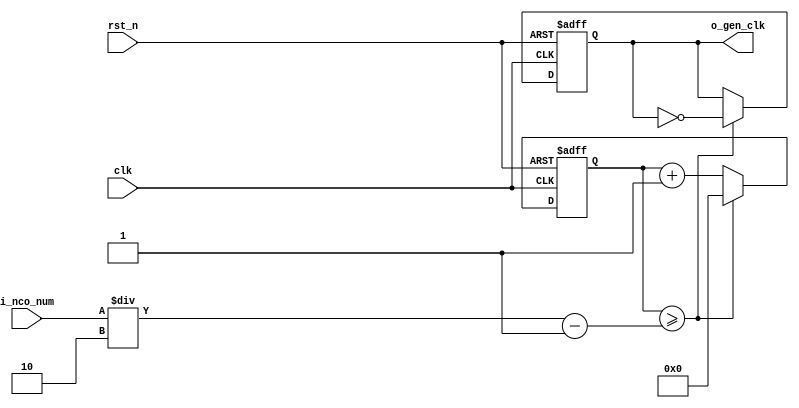
//	==================================================
//	Copyright (c) 2019 Sookmyung Women's University.
//	--------------------------------------------------
//	DEPARTMENT		: EE
//	--------------------------------------------------
//	RELEASE HISTORY
//	--------------------------------------------------
//	VERSION			DATE
//	0.0			2019-11-18
//	--------------------------------------------------
//	PURPOSE			: Digital Clock
//	==================================================

//	--------------------------------------------------
//	Numerical Controlled Oscillator
//	Hz of o_gen_clk = Clock Hz / num
//	--------------------------------------------------
module	nco(	
		o_gen_clk,
		i_nco_num,
		clk,
		rst_n);

output		o_gen_clk	;	// 1Hz CLK

input	[31:0]	i_nco_num	;
input		clk		;	// 50Mhz CLK
input		rst_n		;

reg	[31:0]	cnt		;
reg		o_gen_clk	;

always @(posedge clk or negedge rst_n) begin
	if(rst_n == 1'b0) begin
		cnt		<= 32'd0;
		o_gen_clk	<= 1'd0	;
	end else begin
		if(cnt >= i_nco_num/2-1) begin
			cnt 	<= 32'd0;
			o_gen_clk	<= ~o_gen_clk;
		end else begin
			cnt <= cnt + 1'b1;
		end
	end
end

endmodule

//	--------------------------------------------------
//	Flexible Numerical Display Decoder
//	--------------------------------------------------
module	fnd_dec(
		o_seg,
		i_num);

output	[6:0]	o_seg		;	// {o_seg_a, o_seg_b, ... , o_seg_g}

input	[3:0]	i_num		;
reg	[6:0]	o_seg		;
//making
always @(i_num) begin 
 	case(i_num) 
 		4'd0:	o_seg = 7'b111_1110; 
 		4'd1:	o_seg = 7'b011_0000; 
 		4'd2:	o_seg = 7'b110_1101; 
 		4'd3:	o_seg = 7'b111_1001; 
 		4'd4:	o_seg = 7'b011_0011; 
 		4'd5:	o_seg = 7'b101_1011; 
 		4'd6:	o_seg = 7'b101_1111; 
 		4'd7:	o_seg = 7'b111_0000; 
 		4'd8:	o_seg = 7'b111_1111; 
 		4'd9:	o_seg = 7'b111_0011; 
		default:o_seg = 7'b000_0000; 
	endcase 
end


endmodule

//	--------------------------------------------------
//	0~59 --> 2 Separated Segments
//	--------------------------------------------------
module	double_fig_sep(
		o_left,
		o_right,
		i_double_fig);

output	[3:0]	o_left		;
output	[3:0]	o_right		;

input	[5:0]	i_double_fig	;

assign		o_left	= i_double_fig / 10	;
assign		o_right	= i_double_fig % 10	;

endmodule

//	--------------------------------------------------
//	0~59 --> 2 Separated Segments
//	--------------------------------------------------
module	led_disp(
		o_seg,
		o_seg_dp,
		o_seg_enb,
		i_six_digit_seg,
		i_six_dp,
		clk,
		rst_n);

output	[5:0]	o_seg_enb		;
output		o_seg_dp		;
output	[6:0]	o_seg			;

input	[41:0]	i_six_digit_seg		;
input	[5:0]	i_six_dp		;
input		clk			;
input		rst_n			;

wire		gen_clk		;

nco		u_nco(
		.o_gen_clk	( gen_clk	),
		.i_nco_num	( 32'd5000	),
		.clk		( clk		),
		.rst_n		( rst_n		));


reg	[3:0]	cnt_common_node	;

always @(posedge gen_clk or negedge rst_n) begin
	if(rst_n == 1'b0) begin
		cnt_common_node <= 4'd0;
	end else begin
		if(cnt_common_node >= 4'd5) begin
			cnt_common_node <= 4'd0;
		end else begin
			cnt_common_node <= cnt_common_node + 1'b1;
		end
	end
end

reg	[5:0]	o_seg_enb		;

always @(cnt_common_node) begin
	case (cnt_common_node)
		4'd0:	o_seg_enb = 6'b111110;
		4'd1:	o_seg_enb = 6'b111101;
		4'd2:	o_seg_enb = 6'b111011;
		4'd3:	o_seg_enb = 6'b110111;
		4'd4:	o_seg_enb = 6'b101111;
		4'd5:	o_seg_enb = 6'b011111;
		default:o_seg_enb = 6'b111111;
	endcase
end

reg		o_seg_dp		;

always @(cnt_common_node) begin
	case (cnt_common_node)
		4'd0:	o_seg_dp = i_six_dp[0];
		4'd1:	o_seg_dp = i_six_dp[1];
		4'd2:	o_seg_dp = i_six_dp[2];
		4'd3:	o_seg_dp = i_six_dp[3];
		4'd4:	o_seg_dp = i_six_dp[4];
		4'd5:	o_seg_dp = i_six_dp[5];
		default:o_seg_dp = 1'b0;
	endcase
end

reg	[6:0]	o_seg			;

always @(cnt_common_node) begin
	case (cnt_common_node)
		4'd0:	o_seg = i_six_digit_seg[6:0];
		4'd1:	o_seg = i_six_digit_seg[13:7];
		4'd2:	o_seg = i_six_digit_seg[20:14];
		4'd3:	o_seg = i_six_digit_seg[27:21];
		4'd4:	o_seg = i_six_digit_seg[34:28];
		4'd5:	o_seg = i_six_digit_seg[41:35];
		default:o_seg = 7'b111_1110; // 0 display
	endcase
end

endmodule

//	--------------------------------------------------
//	HMS(Hour:Min:Sec) Counter
//	--------------------------------------------------
module	hms_cnt(
		o_hms_cnt,
		o_max_hit,
		i_max_cnt,
		clk,
		rst_n);

output	[5:0]	o_hms_cnt		;
output		o_max_hit		;

input	[5:0]	i_max_cnt		;
input		clk			;
input		rst_n			;

reg	[5:0]	o_hms_cnt		;
reg		o_max_hit		;
always @(posedge clk or negedge rst_n) begin
	if(rst_n == 1'b0) begin
		o_hms_cnt <= 6'd0;
		o_max_hit <= 1'b0;
	end else begin
		if(o_hms_cnt >= i_max_cnt) begin
			o_hms_cnt <= 6'd0;
			o_max_hit <= 1'b1;
		end else begin
			o_hms_cnt <= o_hms_cnt + 1'b1;
			o_max_hit <= 1'b0;
		end
	end
end

endmodule

module  debounce(
		o_sw,
		i_sw,
		clk);
output		o_sw			;

input		i_sw			;
input		clk			;

reg		dly1_sw			;
always @(posedge clk) begin
	dly1_sw <= i_sw;
end

reg		dly2_sw			;
always @(posedge clk) begin
	dly2_sw <= dly1_sw;
end

assign		o_sw = dly1_sw | ~dly2_sw;

endmodule

//	--------------------------------------------------
//	Clock Controller
//	--------------------------------------------------
module	controller(
		o_mode,
		o_position,
		o_alarm_en,
		o_sec_clk,
		o_min_clk,
		o_alarm_sec_clk,
		o_alarm_min_clk,
		i_max_hit_sec,
		i_max_hit_min,
		i_sw0,
		i_sw1,
		i_sw2,
		i_sw3,
		clk,
		rst_n);

output	[1:0]	o_mode			;
output		o_position		;
output		o_alarm_en		;
output		o_sec_clk		;
output		o_min_clk		;
output		o_alarm_sec_clk		;
output		o_alarm_min_clk		;

input		i_max_hit_sec		;
input		i_max_hit_min		;

input		i_sw0			;
input		i_sw1			;
input		i_sw2			;
input		i_sw3			;

input		clk			;
input		rst_n			;

parameter	MODE_CLOCK	= 2'b00	;
parameter	MODE_SETUP	= 2'b01	;
parameter	MODE_ALARM	= 2'b10	;
parameter	POS_SEC		= 1'b0	;
parameter	POS_MIN		= 1'b1	;

wire		clk_100hz		;
nco		u0_nco(
		.o_gen_clk	( clk_100hz	),
		.i_nco_num	( 32'd500000	),
		.clk		( clk		),
		.rst_n		( rst_n		));

wire		sw0			;
debounce	u0_debounce(
		.o_sw		( sw0		),
		.i_sw		( i_sw0		),
		.clk		( clk_100hz	));

wire		sw1			;
debounce	u1_debounce(
		.o_sw		( sw1		),
		.i_sw		( i_sw1		),
		.clk		( clk_100hz	));

wire		sw2			;
debounce	u2_debounce(
		.o_sw		( sw2		),
		.i_sw		( i_sw2		),
		.clk		( clk_100hz	));

wire		sw3			;
debounce	u3_debounce(
		.o_sw		( sw3		),
		.i_sw		( i_sw3		),
		.clk		( clk_100hz	));

reg	[1:0]	o_mode			;
always @(posedge sw0 or negedge rst_n) begin
	if(rst_n == 1'b0) begin
		o_mode <= MODE_CLOCK;
	end else begin
		if(o_mode >= MODE_ALARM) begin
			o_mode <= MODE_CLOCK;
		end else begin
			o_mode <= o_mode + 1'b1;
		end
	end
end

reg		o_position		;
always @(posedge sw1 or negedge rst_n) begin
	if(rst_n == 1'b0) begin
		o_position <= POS_SEC;
	end else begin
		o_position <= o_position + 1'b1;
	end
end

reg		o_alarm_en		;
always @(posedge sw3 or negedge rst_n) begin
	if(rst_n == 1'b0) begin
		o_alarm_en <= 1'b0;
	end else begin
		o_alarm_en <= o_alarm_en + 1'b1;
	end
end

wire		clk_1hz			;
nco		u1_nco(
		.o_gen_clk	( clk_1hz	),
		.i_nco_num	( 32'd50000000	),
		.clk		( clk		),
		.rst_n		( rst_n		));

reg		o_sec_clk		;
reg		o_min_clk		;
reg		o_alarm_sec_clk		;
reg		o_alarm_min_clk		;
always @(*) begin
	case(o_mode)
		MODE_CLOCK : begin
			o_sec_clk = clk_1hz;
			o_min_clk = i_max_hit_sec;
			o_alarm_sec_clk = 1'b0;
			o_alarm_min_clk = 1'b0;
		end
		MODE_SETUP : begin
			case(o_position)
				POS_SEC : begin
					o_sec_clk = ~sw2;
					o_min_clk = 1'b0;
					o_alarm_sec_clk = 1'b0;
					o_alarm_min_clk = 1'b0;
				end
				POS_MIN : begin
					o_sec_clk = 1'b0;
					o_min_clk = ~sw2;
					o_alarm_sec_clk = 1'b0;
					o_alarm_min_clk = 1'b0;
				end
			endcase
		end
		MODE_ALARM : begin
			case(o_position)
				POS_SEC : begin
					o_sec_clk = clk_1hz;
					o_min_clk = i_max_hit_sec;
					o_alarm_sec_clk = ~sw2;
					o_alarm_min_clk = 1'b0;
				end
				POS_MIN : begin
					o_sec_clk = clk_1hz;
					o_min_clk = i_max_hit_sec;
					o_alarm_sec_clk = 1'b0;
					o_alarm_min_clk = ~sw2;
				end
			endcase
		end
		default: begin
			o_sec_clk = 1'b0;
			o_min_clk = 1'b0;
			o_alarm_sec_clk = 1'b0;
			o_alarm_min_clk = 1'b0;
		end
	endcase
end

endmodule

//	--------------------------------------------------
//	HMS(Hour:Min:Sec) Counter
//	--------------------------------------------------
module	minsec(	
		o_sec,
		o_min,
		o_max_hit_sec,
		o_max_hit_min,
		o_alarm,
		i_mode,
		i_position,
		i_sec_clk,
		i_min_clk,
		i_alarm_sec_clk,
		i_alarm_min_clk,
		i_alarm_en,
		clk,
		rst_n);

output	[5:0]	o_sec		;
output	[5:0]	o_min		;
output		o_max_hit_sec	;
output		o_max_hit_min	;
output		o_alarm		;

input	[1:0]	i_mode		;
input		i_position	;
input		i_sec_clk	;
input		i_min_clk	;
input		i_alarm_sec_clk	;
input		i_alarm_min_clk	;
input		i_alarm_en	;

input		clk		;
input		rst_n		;

parameter	MODE_CLOCK	= 2'b00	;
parameter	MODE_SETUP	= 2'b01	;
parameter	MODE_ALARM	= 2'b10	;
parameter	POS_SEC		= 1'b0	;
parameter	POS_MIN		= 1'b1	;

//	MODE_CLOCK
wire	[5:0]	sec		;
wire		max_hit_sec	;
hms_cnt		u_hms_cnt_sec(
		.o_hms_cnt	( sec			),
		.o_max_hit	( o_max_hit_sec		),
		.i_max_cnt	( 6'd59			),
		.clk		( i_sec_clk		),
		.rst_n		( rst_n			));

wire	[5:0]	min		;
wire		max_hit_min	;
hms_cnt		u_hms_cnt_min(
		.o_hms_cnt	( min			),
		.o_max_hit	( o_max_hit_min		),
		.i_max_cnt	( 6'd59			),
		.clk		( i_min_clk		),
		.rst_n		( rst_n			));

wire	[5:0]	alarm_sec	;
//	MODE_ALARM
hms_cnt		u_hms_cnt_alarm_sec(
		.o_hms_cnt	( alarm_sec		),
		.o_max_hit	( 			),
		.i_max_cnt	( 6'd59			),
		.clk		( i_alarm_sec_clk	),
		.rst_n		( rst_n			));

wire	[5:0]	alarm_min	;
hms_cnt		u_hms_cnt_alarm_min(
		.o_hms_cnt	( alarm_min		),
		.o_max_hit	( 			),
		.i_max_cnt	( 6'd59			),
		.clk		( i_alarm_min_clk	),
		.rst_n		( rst_n			));

reg	[5:0]	o_sec		;
reg	[5:0]	o_min		;
always @ (*) begin
	case(i_mode)
		MODE_CLOCK: 	begin
			o_sec	= sec;
			o_min	= min;
		end
		MODE_SETUP:	begin
			o_sec	= sec;
			o_min	= min;
		end
		MODE_ALARM:	begin
			o_sec	= alarm_sec;
			o_min	= alarm_min;
		end
	endcase
end

reg		o_alarm		;
always @ (posedge clk or negedge rst_n) begin
	if (rst_n == 1'b0) begin
		o_alarm <= 1'b0;
	end else begin
		if( (sec == alarm_sec) && (min == alarm_min)) begin
			o_alarm <= 1'b1 & i_alarm_en;
		end else begin
			o_alarm <= o_alarm & i_alarm_en;
		end
	end
end

endmodule

module	buzz(
		o_buzz,
		i_buzz_en,
		clk,
		rst_n);

output		o_buzz		;

input		i_buzz_en	;
input		clk		;
input		rst_n		;

parameter	C = 191113	;
parameter	D = 170262	;
parameter	E = 151686	;
parameter	F = 143173	;
parameter	G = 63776	;
parameter	A = 56818	;
parameter	B = 50619	;

wire		clk_bit		;
nco	u_nco_bit(	
		.o_gen_clk	( clk_bit	),
		.i_nco_num	( 25000000	),
		.clk		( clk		),
		.rst_n		( rst_n		));

reg	[4:0]	cnt		;
always @ (posedge clk_bit or negedge rst_n) begin
	if(rst_n == 1'b0) begin
		cnt <= 5'd0;
	end else begin
		if(cnt >= 5'd24) begin
			cnt <= 5'd0;
		end else begin
			cnt <= cnt + 1'd1;
		end
	end
end

reg	[31:0]	nco_num		;
always @ (*) begin
	case(cnt)
		5'd00: nco_num = E	;
		5'd01: nco_num = D	;
		5'd02: nco_num = C	;
		5'd03: nco_num = D	;
		5'd04: nco_num = E	;
		5'd05: nco_num = E	;
		5'd06: nco_num = E	;
		5'd07: nco_num = D	;
		5'd08: nco_num = D	;
		5'd09: nco_num = D	;
		5'd10: nco_num = E	;
		5'd11: nco_num = E	;
		5'd12: nco_num = E	;
		5'd13: nco_num = E	;
		5'd14: nco_num = D	;
		5'd15: nco_num = C	;
		5'd16: nco_num = D	;
		5'd17: nco_num = E	;
		5'd18: nco_num = E	;
		5'd19: nco_num = E	;
		5'd20: nco_num = D	;
		5'd21: nco_num = D	;
		5'd22: nco_num = E	;
		5'd23: nco_num = D	;
		5'd24: nco_num = C	;
	endcase
end

wire		buzz		;
nco	u_nco_buzz(	
		.o_gen_clk	( buzz		),
		.i_nco_num	( nco_num	),
		.clk		( clk		),
		.rst_n		( rst_n		));

assign		o_buzz = buzz & i_buzz_en;

endmodule

module	top_alarm(
		o_seg_enb,
		o_seg_dp,
		o_seg,
		o_alarm,
		i_sw0,
		i_sw1,
		i_sw2,
		i_sw3,
		clk,
		rst_n);

output	[5:0]	o_seg_enb	;
output		o_seg_dp	;
output	[6:0]	o_seg		;
output		o_alarm		;

input		i_sw0		;
input		i_sw1		;
input		i_sw2		;
input		i_sw3		;
input		clk		;
input		rst_n		;

wire		controller_1	;
wire		controller_2	;
wire		controller_3	;
wire		controller_4	;

wire	[1:0]	mode		;
wire		position	;
wire		alarm_en	;
wire		alarm_min_clk	;
wire		alarm_sec_clk	;

controller		u_ctrl(
			.i_sw0			(i_sw0		),
			.i_sw1			(i_sw1		),
			.i_sw2			(i_sw2		),
			.i_sw3			(i_sw3		),
			.clk			(clk		),
			.i_max_hit_min		(controller_3	),
			.i_max_hit_sec		(controller_4	),
			.o_mode			(mode		),
			.o_position		(position	),
			.o_alarm_en		(alarm_en	),
			.o_alarm_min_clk	(alarm_min_clk	),
			.o_alarm_sec_clk	(alarm_sec_clk	),
			.o_min_clk		(controller_1	),
			.o_sec_clk		(controller_2	),
			.rst_n			(rst_n		));

wire	[5:0]	minsec_1	;
wire	[5:0]	minsec_2	;

wire		alarm		;

minsec			u_minsec(
			.clk			(clk		),
			.i_min_clk		(controller_1	),
			.i_sec_clk		(controller_2	),
			.i_mode			(mode		),
			.i_position		(position	),
			.i_alarm_en		(alarm_en	),
			.i_alarm_min_clk	(alarm_min_clk	),
			.i_alarm_sec_clk	(alarm_sec_clk	),
			.o_alarm		(alarm		),
			.o_min			(minsec_1	),
			.o_sec			(minsec_2	),
			.o_max_hit_min		(controller_3	),
			.o_max_hit_sec		(controller_4	),
			.rst_n			(rst_n		));

buzz			u_buzz(
			.clk			(clk		),
			.i_buzz_en		(alarm		),
			.o_buzz			(o_alarm	),
			.rst_n			(rst_n		));

wire	[3:0]	left_1	;
wire	[3:0]	right_1	;

double_fig_sep		u0_dfs(
			.i_double_fig	(minsec_2	),
			.o_left		(left_1		),
			.o_right	(right_1	));

wire	[3:0]	left_2	;
wire	[3:0]	right_2	;

double_fig_sep		u1_dfs(
			.i_double_fig	(minsec_1	),
			.o_left		(left_2		),
			.o_right	(right_2	));

wire	[6:0]	sec_left	;
wire	[6:0]	sec_right	;
wire	[6:0]	min_left	;
wire	[6:0]	min_right	;

fnd_dec			u0_fnd_dec(
			.i_num		(left_1		),
			.o_seg		(sec_left	));

fnd_dec			u1_fnd_dec(
			.i_num		(right_1	),
			.o_seg		(sec_right	));

fnd_dec			u2_fnd_dec(
			.i_num		(left_2		),
			.o_seg		(min_left	));

fnd_dec			u3_fnd_dec(
			.i_num		(right_2	),
			.o_seg		(min_right	));

wire	[41:0]	six_digit_seg		;

assign		six_digit_seg ={ {2{7'd0}}, min_left, min_right, sec_left, sec_right };

led_disp	u_led_disp(
				.o_seg		(o_seg		),
				.o_seg_dp	(o_seg_dp	),
				.o_seg_enb	(o_seg_enb	),
				.i_six_digit_seg(six_digit_seg	),
				.i_six_dp	(6'b0		),
				.clk		(clk		),
				.rst_n		(rst_n		));

endmodule